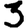
Digit: 3